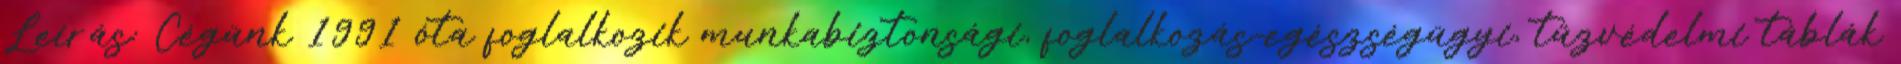
Leírás: Cégünk 1991 óta foglalkozik munkabiztonsági, foglalkozás-egészségügyi, tűzvédelmi táblák